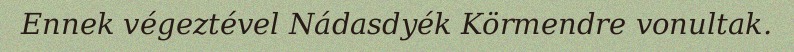
Ennek végeztével Nádasdyék Körmendre vonultak.